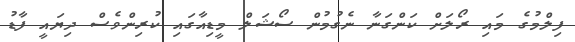
ފިލްމުގެ މައި ރޯލަށް ކަންގަނާ ނެގުމުން ސޯޝަލް މީޑިއާގައި ކުރިންވެސް ދިޔައީ ފާޑު